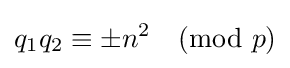
q_{1}q_{2}\equiv \pm n^{2}{\pmod {p}}